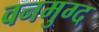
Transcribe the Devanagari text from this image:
वनमुग्द